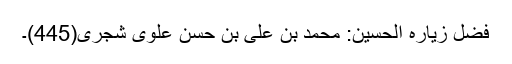
فضل زیاره الحسین: محمد بن علی بن حسن علوی شجری(445)۔